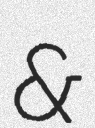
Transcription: &